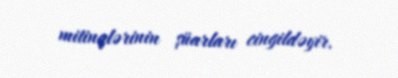
mitinqlərinin şüarları cingildəyir.